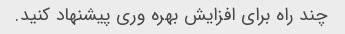
چند راه برای افزایش بهره وری پیشنهاد کنید.